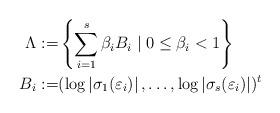
LaTeX: \begin{align*}\Lambda:= & \left\{ \sum_{i=1}^{s}\beta_{i}B_{i}\mid0\leq\beta_{i}<1\right\} \\B_{i}:= & (\log\left\vert \sigma_{1}(\varepsilon_{i})\right\vert,\ldots,\log\left\vert \sigma_{s}(\varepsilon_{i})\right\vert )^{t}\end{align*}